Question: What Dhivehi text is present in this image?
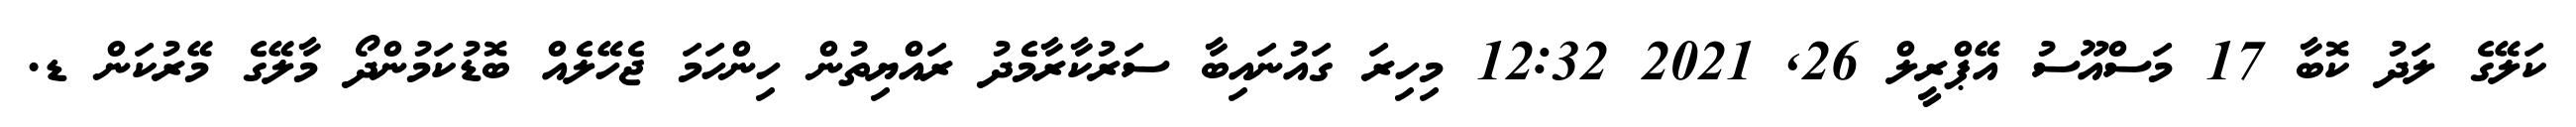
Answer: ކަލޭގެ ލަދު ކޮބާ 17 މަސްއޫސު އޭޕްރީލް 26, 2021 12:32 މިހިރަ ގައުނައިބާ ސަރުކާރާމެދު ރައްޔިތުން ހިންހަމަ ޖެހޭލެއް ބޮޑުކަމުންދޯ މާލޭގެ މޭރުކަން ޑ.